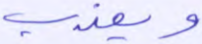
ويعذب